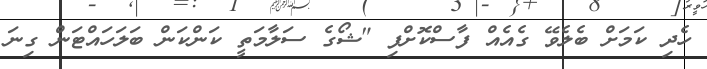
ހެދި ކަމަށް ބެލެވޭ ގެއެއް ފާސްކޮށްފި "ޝޯގެ ސަލާމަތީ ކަންކަން ބަލަހައްޓަން ގިނަ